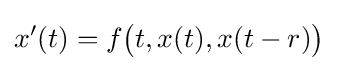
x'(t)=f{\bigl (}t,x(t),x(t-r){\bigr )}